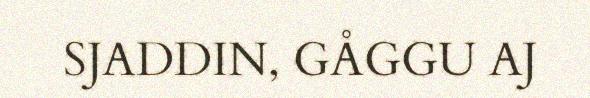
SJADDIN, GÅGGU AJ